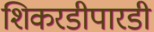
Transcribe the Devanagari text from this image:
शिकरडीपारडी